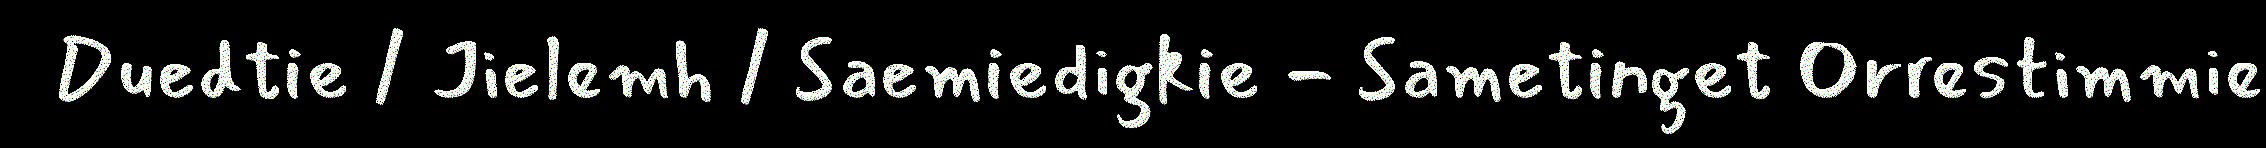
Duedtie / Jielemh / Saemiedigkie - Sametinget Orrestimmie